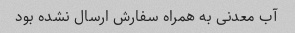
آب معدنی به همراه سفارش ارسال نشده بود